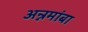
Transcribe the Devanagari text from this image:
अन्नमांबा